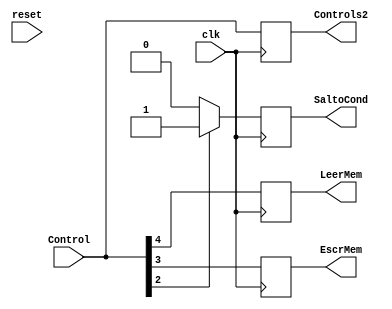
`timescale 1ns / 1ps
//////////////////////////////////////////////////////////////////////////////////
// Company: 
// Engineer: 
// 
// Design Name: 
// Module Name: control1
// Project Name: 
// Target Devices: 
// Tool Versions: 
// Description: 
// 
// Dependencies: 
// 
// Revision:
// Revision 0.01 - File Created
// Additional Comments:
// 
//////////////////////////////////////////////////////////////////////////////////


module control2(reset,Control,clk,SaltoCond,EscrMem,Controls2,LeerMem);

    input wire [9:0] Control;
    input clk;
    output reg [9:0] Controls2;
    input reset;
 
    //output wire RegDest;
    output reg SaltoCond;
    output reg LeerMem;
    //output wire MemaReg;
    //output wire [1:0]ALUOp;
    output reg EscrMem;
    //output wire FuenteALU;
    //output wire EscrReg;
    //output wire Saltoincond;
   
   wire SaltoConda;
	

assign SaltoConda = 1'b0;


always   @(posedge clk)
begin

    if (Control[2] == 1'b1)//Hay que mirar aqui
        begin
        SaltoCond = 1'b1;
       // $display ("Valor variable control[2] %h" , Control[2]);
        end
     else
        SaltoCond=SaltoConda;
end
//SaltoCond = SaltoConda;
always   @(posedge clk)
begin
Controls2 = Control;
//assign Saltoincond  = Control[9];
//assign RegDest      = Control[8];
//assign FuenteALU    = Control[7];//
//assign MemaReg      = Control[6];
//assign EscrReg      = Control[5];
//
EscrMem      = Control[3];
//SaltoCond    = SaltoConda;//Control[2];
//assign ALUOp        = Control[1:0];
LeerMem      = Control[4];
end     
endmodule